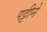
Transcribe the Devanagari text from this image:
पट्टीने